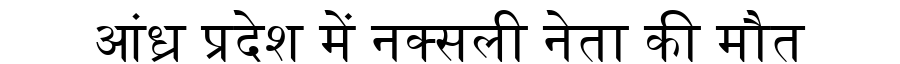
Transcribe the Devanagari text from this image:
आंध्र प्रदेश में नक्सली नेता की मौत